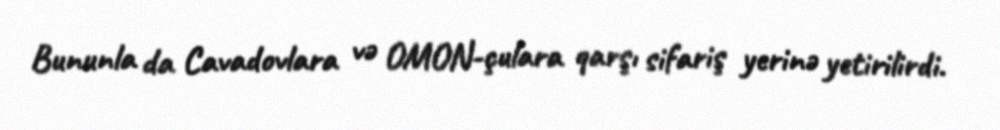
Bununla da Cavadovlara və OMON-çulara qarşı sifariş yerinə yetirilirdi.